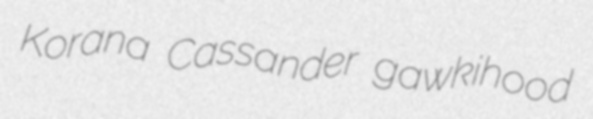
Korana Cassander gawkihood